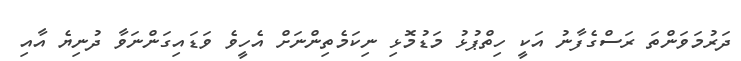
ދަރުމަވަންތަ ރަސްގެފާނު އަކީ ހިތްޕުޅު މަޑުމޮޅި ނިކަމެތިންނަށް އެހީވެ ވަޑައިގަންނަވާ ދުނިޔެ އާއި